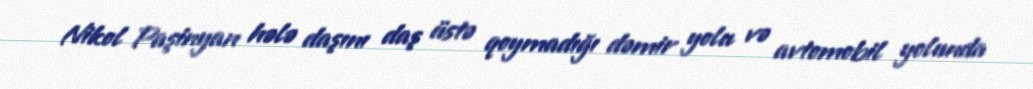
Nikol Paşinyan hələ daşını daş üstə qoymadığı dəmir yolu və avtomobil yolunda